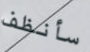
سأنظف